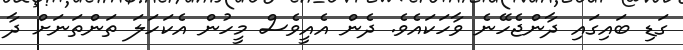
ގަޑި ބައިގައި ދާންޖެހޭނެ ވާހަކައެވެ. ދެން އެއީވެސް މީހުން އެކަހަލަ ތަންތަނަށް ދާ